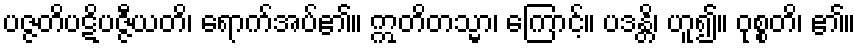
ပဇ္ဇတိပဋိပဇ္ဇီယတိ၊ ရောက်အပ်၏။ ဣတိတသ္မာ၊ ကြောင့်။ ပဒန္တိ၊ ဟူ၍။ ဝုစ္စတိ၊ ၏။